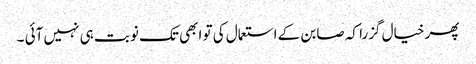
پھر خیال گزرا کہ صابن کے استعمال کی تو ابھی تک نوبت ہی نہیں آئی ۔